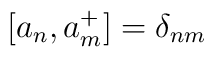
[a_{n},a_{m}^{+}] = \delta_{nm}